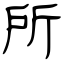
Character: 所